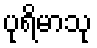
ပုရိမာသု